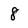
Character: 8